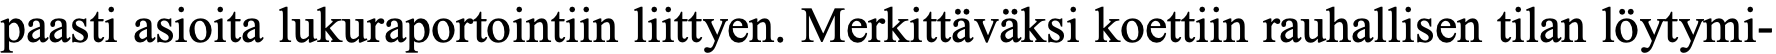
paasti asioita lukuraportointiin liittyen. Merkittäväksi koettiin rauhallisen tilan löytymi-